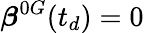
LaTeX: \boldsymbol{\beta}^{0G}(t_{d})=0